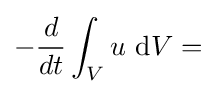
-{\frac {d}{dt}}\int _{V}u~\mathrm {d} V=